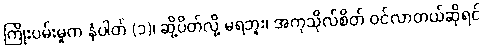
ကြိုးပမ်းမှုက နံပါတ် (၁)၊ ဆို့ပိတ်လို့ မရဘူး၊ အကုသိုလ်စိတ် ဝင်လာတယ်ဆိုရင်